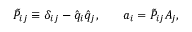
\begin{array} { r l r } { \tilde { P } _ { i j } \equiv \delta _ { i j } - \hat { q } _ { i } \hat { q } _ { j } , } & { { } } & { a _ { i } = \tilde { P } _ { i j } A _ { j } , } \end{array}